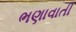
ભણાવાતી